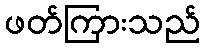
ဖတ်ကြားသည်